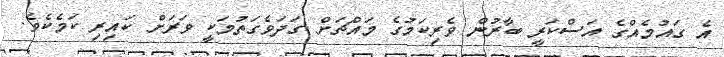
އެ ގައުމެއްގެ އަސްކަރީ ބާރުން ވެރިކަމުގެ މައްޗަށް ގަދަވެގަތުމަކީ ވަރަށް ކައިރި ކަމެކެވެ.